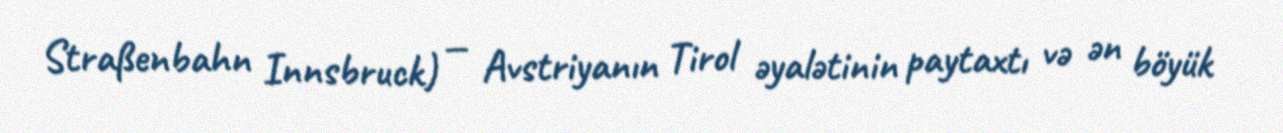
Straßenbahn Innsbruck) — Avstriyanın Tirol əyalətinin paytaxtı və ən böyük